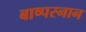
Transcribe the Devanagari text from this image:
बाष्पस्नान